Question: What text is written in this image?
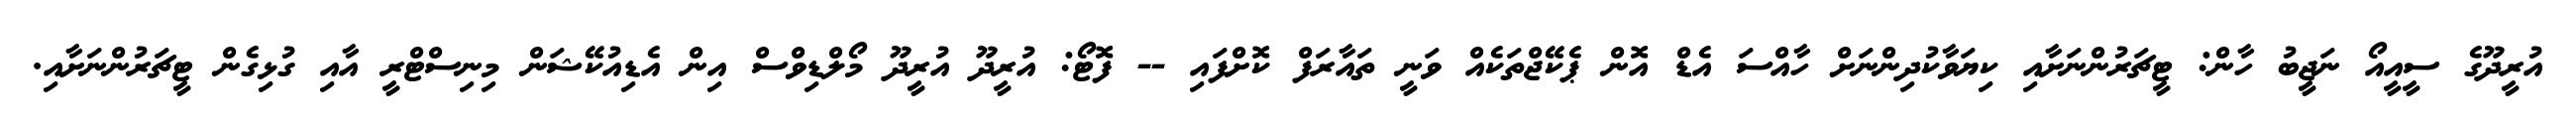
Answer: އުރީދޫގެ ސީއީއޯ ނަޖީބު ހާން: ޓީޗަރުންނަށާއި ކިޔަވާކުދިންނަށް ހާއްސަ އެޑް އޮން ޕެކޭޖްތަކެއް ވަނީ ތައާރަފް ކޮށްފައި -- ފޮޓޯ: އުރީދޫ އުރީދޫ މޯލްޑިވްސް އިން އެޑިއުކޭޝަން މިނިސްޓްރީ އާއި ގުޅިގެން ޓީޗަރުންނަށާއި.